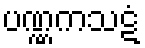
ပဏ္ဏကသဋံ